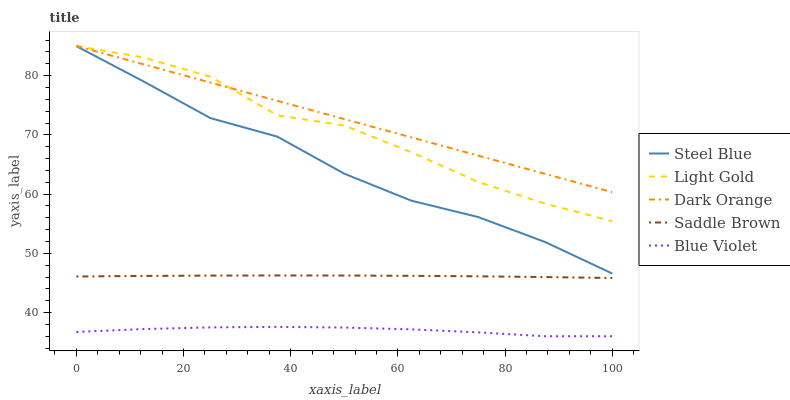
| xaxis_label | Steel Blue | Light Gold | Dark Orange | Saddle Brown | Blue Violet |
 | --- | --- | --- | --- | --- | --- |
 | 0 | 85 | 85 | 85 | 46.1 | 36.7 |
 | 12.5 | 79 | 83.1 | 81.9 | 46.2 | 37.2 |
 | 25 | 72.8 | 79.8 | 78.8 | 46.2 | 37.5 |
 | 37.5 | 69.7 | 73.3 | 75.7 | 46.3 | 37.6 |
 | 50 | 63.4 | 71.6 | 72.7 | 46.3 | 37.5 |
 | 62.5 | 58.9 | 67.1 | 69.6 | 46.2 | 37.2 |
 | 75 | 56.1 | 62.1 | 66.5 | 46.1 | 36.7 |
 | 87.5 | 51.9 | 58.4 | 63.4 | 46 | 36 |
 | 100 | 46.6 | 55.4 | 60.3 | 45.8 | 36 |